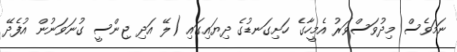
ނަމަވެސް މިދުވަސްވަރު އެމީހާގެ ހަށިގަނޑުގެ ދިޔައިގައި (ލޭ އަދި ޖިންސީ ގުނަވަނުން އުފެދޭ